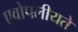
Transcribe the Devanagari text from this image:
एवोपलीयते